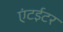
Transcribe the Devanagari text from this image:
एंटईटर